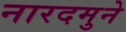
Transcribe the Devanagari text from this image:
नारदमुने